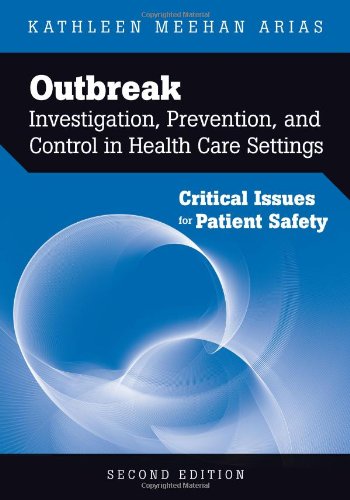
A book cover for Outbreak Investigation, Prevention, And Control In Health Care Settings: Critical Issues In Patient Safety; Kathleen Meehan Arias; Medical Books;